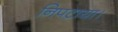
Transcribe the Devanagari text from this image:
निपटाया।